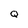
Character: Q